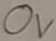
Text: 0V